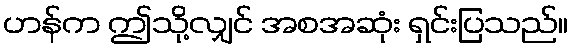
ဟန်က ဤသို့လျှင် အစအဆုံး ရှင်းပြသည်။